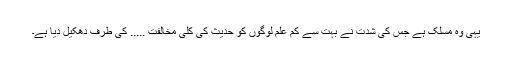
یہی وہ مسلک ہے جس کی شدت نے بہت سے کم علم لوگوں کو حدیث کی کلی مخالفت ..... کی طرف دھکیل دیا ہے۔